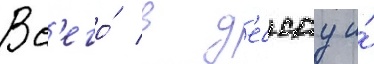
Вс'его́ в д'ессау и́